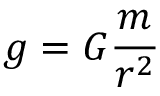
g = G { \frac { m } { r ^ { 2 } } }